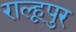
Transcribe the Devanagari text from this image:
राल्हूपुर